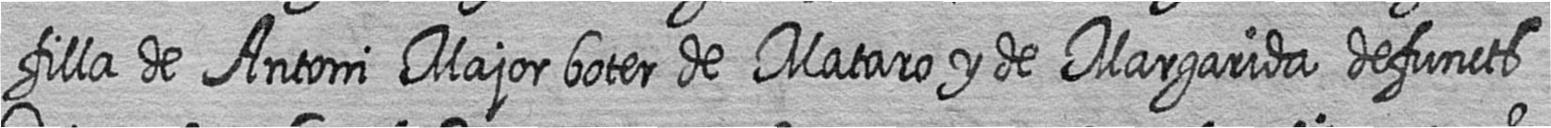
filla de Antoni Major boter de Mataro y de Margarida defuncts